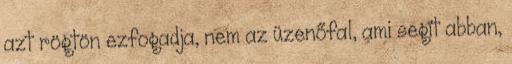
azt rögtön ezfogadja, nem az üzenőfal, ami segít abban,